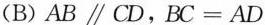
(B$$AB\parallel CD$$，$$BC=AD$$